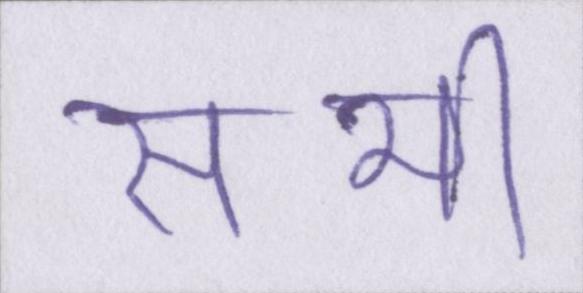
सभी